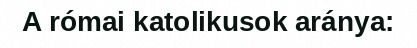
A római katolikusok aránya: